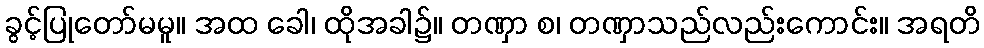
ခွင့်ပြုတော်မမူ။ အထ ခေါ၊ ထိုအခါ၌။ တဏှာ စ၊ တဏှာသည်လည်းကောင်း။ အရတိ